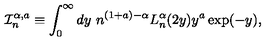
\mathcal { I } _ { n } ^ { \alpha , a } \equiv \int _ { 0 } ^ { \infty } d y \ n ^ { ( 1 + a ) - \alpha } L _ { n } ^ { \alpha } ( 2 y ) y ^ { a } \exp ( - y ) ,